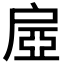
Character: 𢩔